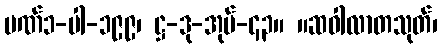
ပဏ်၁-ပါ-၁၉၉၊ ဋ္ဌ-ဒု-အုပ်-၄၃။ ။ဆဝါလာတသုတ်၊